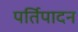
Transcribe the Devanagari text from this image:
पर्तिपादन